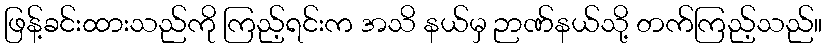
ဖြန့်ခင်းထားသည်ကို ကြည့်ရင်းက အသိ နယ်မှ ဉာဏ်နယ်သို့ တက်ကြည့်သည်။